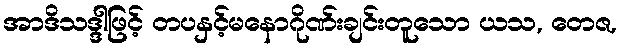
အာဒိသဒ္ဒါဖြင့် တပနှင့်မနောဂိုဏ်းချင်းတူသော ယသ, တေဇ,